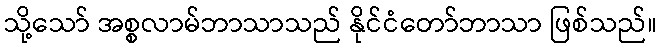
သို့သော် အစ္စလာမ်ဘာသာသည် နိုင်ငံတော်ဘာသာ ဖြစ်သည်။